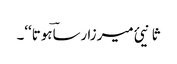
ثانیئ میرزا رساؔہوتا‘‘۔